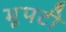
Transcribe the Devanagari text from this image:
भूपटी